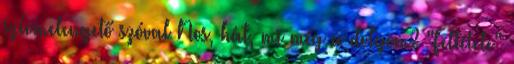
szÍvmelengető szóval Nos, hát, mi még a dolgom? "Feltétele"